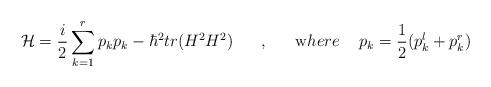
LaTeX: \begin{align*}{\cal H}=\frac {i}{2}\sum_{k=1}^rp_k p_k-\hbar^2 tr (H^2H^2) \hskip 0.7 cm ,\hskip 0.7 cm {\mbox where} \hskip 0.5 cm p_k=\frac{1}{2} (p_k^l+p_k^r)\end{align*}